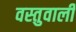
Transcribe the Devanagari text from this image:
वस्तुवाली